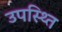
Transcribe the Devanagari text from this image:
उपस्थ्ति